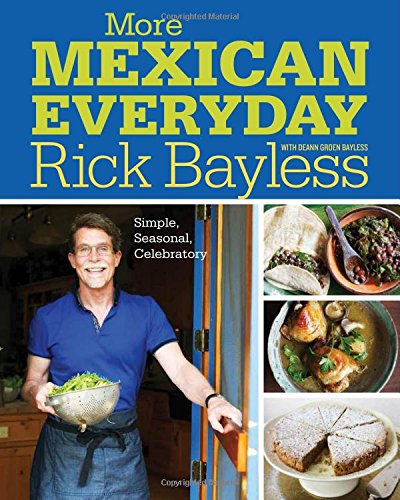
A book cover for More Mexican Everyday: Simple, Seasonal, Celebratory; Rick Bayless; Cookbooks, Food & Wine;